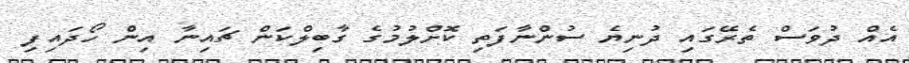
އެއް ދުވަސް ތެރޭގައި ދުނިޔެ ސުންނާފަތި ކޮށްލުމުގެ ގާބިލްކަން ޗައިނާ އިން ހޯދައިފި